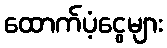
ထောက်ပံ့ငွေများ